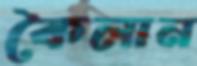
কৈলান